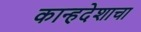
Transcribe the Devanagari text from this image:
कान्हदेशाचा